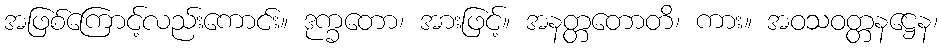
အဖြစ်ကြောင့်လည်းကောင်း။ ဒုက္ခတော၊ အားဖြင့်။ အနတ္တတောတိ၊ ကား။ အဝသဝတ္တနဋ္ဌေန၊